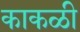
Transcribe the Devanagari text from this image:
काकळी